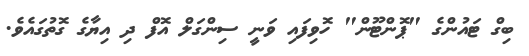
ބިގް ޓައުންގެ "ޕޮންޓޫން" ހޮވިފައި ވަނީ ސިންގަލް އޮފް ދި އިޔާގެ ގޮތުގައެވެ.